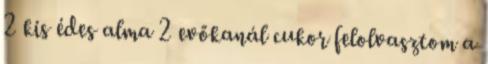
2 kis édes alma 2 evőkanál cukor felolvasztom a